Annual report on the working of the lock hospitals in the North-Western Provinces and Oudh
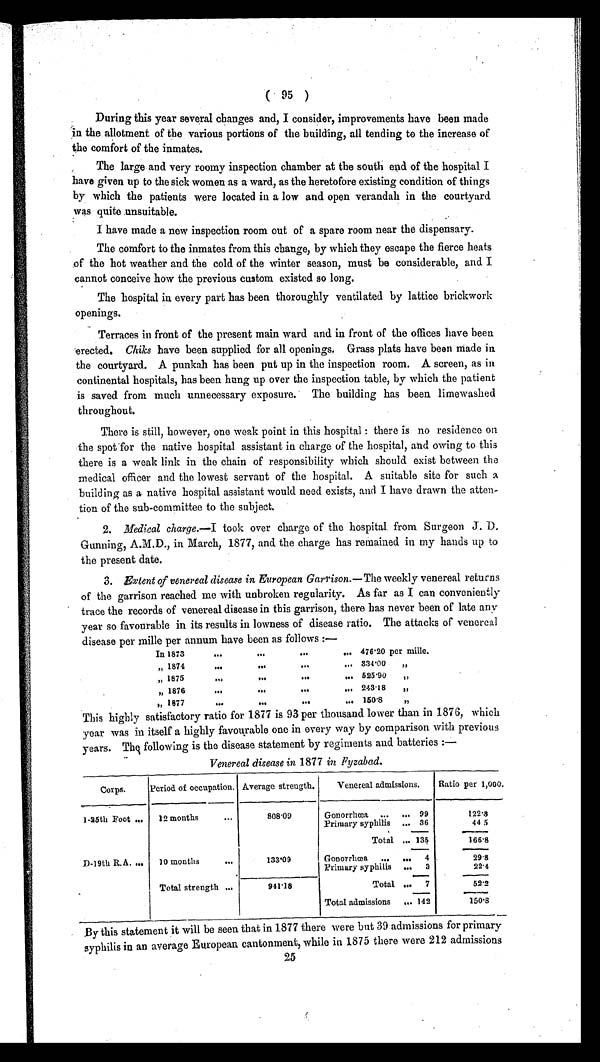
During this year several changes and, I consider, improvements have been made
in the allotment of the various portions of the building, all tending to the increase of
the comfort of the inmates.
The large and very roomy inspection chamber at the south end of the hospital I
have given up to the sick women as a ward, as the heretofore existing condition of things
by which the patients were located in a low and open verandah in the courtyard
was quite unsuitable.
I have made a new inspection room out of a spare room near the dispensary.
The comfort to the inmates from this change, by which they escape the fierce heats
of the hot weather and the cold of the winter season, must be considerable, and I
cannot conceive how the previous custom existed so long.
The hospital in every part has been thoroughly ventilated by lattice brickwork
openings.
Terraces in front of the present main ward and in front of the offices have been
erected. Chiks have been supplied for all openings. Grass plats have been made in
the courtyard. A punkah has been put up in the inspection room. A screen, as in
continental hospitals, has been hung up over the inspection table, by which the patient
is saved from much unnecessary exposure. The building has been limewashed
throughout.
There is still, however, one weak point in this hospital : there is no residence on
the spot for the native hospital assistant in charge of the hospital, and owing to this
there is a weak link in the chain of responsibility which should exist between the
medical officer and the lowest servant of the hospital. A suitable site for such a
building as a native hospital assistant would need exists, and I have drawn the atten-
tion of the sub-committee to the subject.
2.
Medical charge.—I took over charge of the hospital from Surgeon J . D.
Gunning, A.M.D., in March, 1877, and the charge has remained in my hands up to
the present date.
3.
Extent of venereal disease in European Garrison.— The weekly venereal returns
of the garrison reached me with unbroken regularity. As far as I can conveniently
trace the records of venereal disease in this garrison, there has never been of late any
year so favourable in its results in lowness of disease ratio. The attacks of venereal
disease per mille per annum have been as follows :—
In 1873
...
. . .
. . .
... 476.20 per mille.
" 1874
. . .
. . .
. . .
... 334.00 "
" 1875
. . .
...
. . .
. . . 525.90 "
" 1876
. . .
. . .
. . .
. . . 243.18 "
" 1877
. . .
. . .
. . .
... 150.8
"
This highly satisfactory ratio for 1877 is 93 per thousand lower than in 1876, which
year was in itself a highly favourable one in every way by comparison with previous
y e a r s . T h e y f o l l o wi n g i s t h e d i s e a s e s t a t e me n t b y r e g i me n t s a n d b a t t e r i e s : —
Venereal disease in 1877 in Fyzabad.
Corps.
Period of occupation. Average strength.
Venereal admissions.
Ratio per 1,000.
1-25th Foot ... 12 months
. . .
8 0 8 . 0 9
Gonorrhœa ...
99
122.3
Primary syphilis
36
44.5
Total
135
166.8
D-19th R. A. ... 10 months
. . .
133.09
Gonorrhœa ...
4
29.8
Primary syphilis
3
22.4
Total strength ...
941.18
Total
7
52.2
Total admissions
142
1 5 0 . 8
By this statement it will be seen that in 1877 there were but 39 admissions for primary
syphilis in an average European cantonment, while in 1875 there were 212 admissions
25